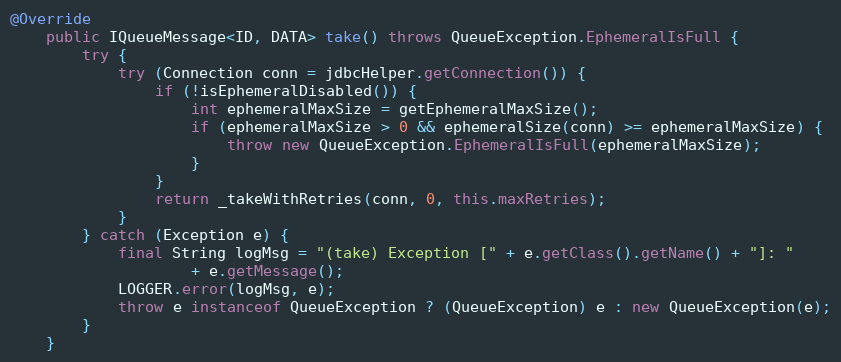
Language: Java
@Override
    public IQueueMessage<ID, DATA> take() throws QueueException.EphemeralIsFull {
        try {
            try (Connection conn = jdbcHelper.getConnection()) {
                if (!isEphemeralDisabled()) {
                    int ephemeralMaxSize = getEphemeralMaxSize();
                    if (ephemeralMaxSize > 0 && ephemeralSize(conn) >= ephemeralMaxSize) {
                        throw new QueueException.EphemeralIsFull(ephemeralMaxSize);
                    }
                }
                return _takeWithRetries(conn, 0, this.maxRetries);
            }
        } catch (Exception e) {
            final String logMsg = "(take) Exception [" + e.getClass().getName() + "]: "
                    + e.getMessage();
            LOGGER.error(logMsg, e);
            throw e instanceof QueueException ? (QueueException) e : new QueueException(e);
        }
    }